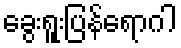
ခွေးရူးပြန်ရောဂါ